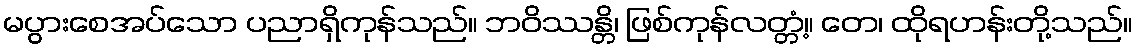
မပွားစေအပ်သော ပညာရှိကုန်သည်။ ဘဝိဿန္တိ၊ ဖြစ်ကုန်လတ္တံ့။ တေ၊ ထိုရဟန်းတို့သည်။